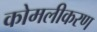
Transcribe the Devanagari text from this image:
कोमलीकरण